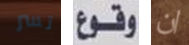
تسر وقوع ان